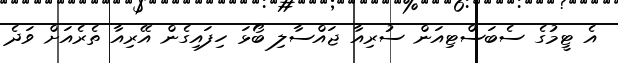
އެ ޓީމުގެ ސެބަސްޓިއަން ސުރިއާ ޖައްސާލި ބޯޅަ ހިފައިގެން އޭރިއާ ތެރެއަށް ވަދެ